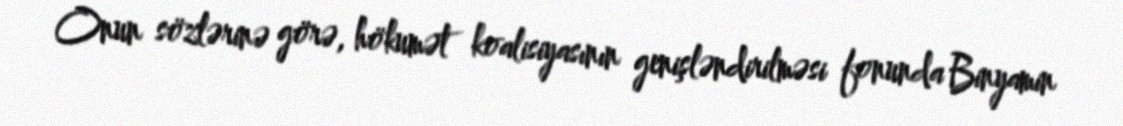
Onun sözlərinə görə, hökumət koalisiyasının genişləndirilməsi fonunda Binyamin